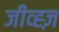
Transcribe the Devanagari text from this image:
जीव्ह्ज़